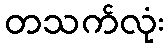
တသက်လုံး